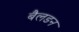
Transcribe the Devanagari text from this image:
बैलडन